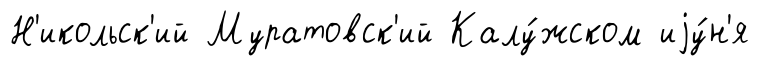
Н'икольск'ий Муратовск'ий Калу́жском иjу́н'я